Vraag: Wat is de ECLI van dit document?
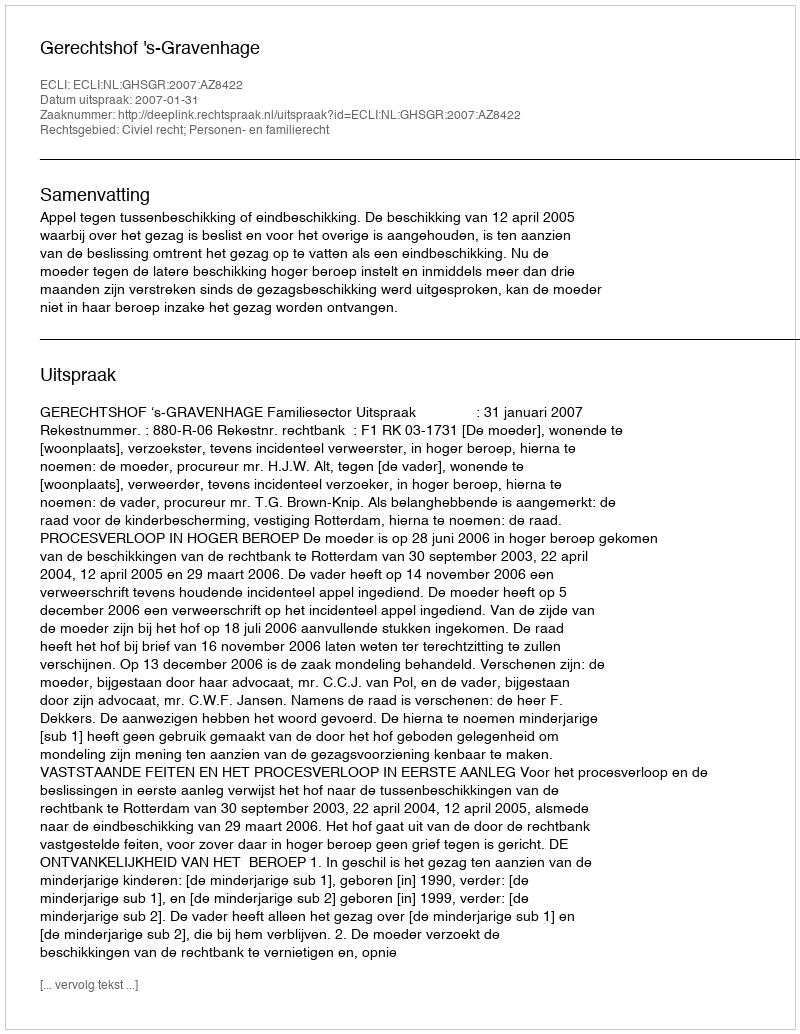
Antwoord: ECLI:NL:GHSGR:2007:AZ8422